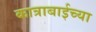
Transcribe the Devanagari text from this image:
कात्राबाईच्या